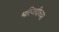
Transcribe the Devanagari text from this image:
मस्जिदीच्या